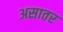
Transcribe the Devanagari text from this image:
असातर